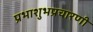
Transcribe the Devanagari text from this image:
प्रभाशुभप्रचारणी